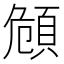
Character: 頠